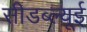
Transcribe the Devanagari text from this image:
सीडब्ल्यूई